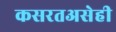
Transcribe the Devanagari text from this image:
कसरतअसेही